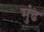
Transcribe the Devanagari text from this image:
मुंढ